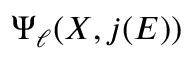
\Psi _ { \ell } ( X , j ( E ) )